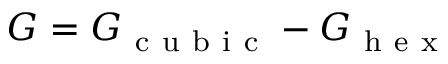
\mathrm \Delta G = G _ { \mathrm { ~ c ~ u ~ b ~ i ~ c ~ } } - G _ { \mathrm { ~ h ~ e ~ x ~ } }